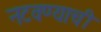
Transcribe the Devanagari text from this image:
नटवण्याची